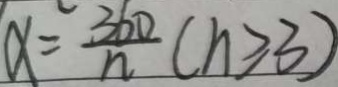
x = \frac { 3 6 0 } { n } ( n \geq 3 )